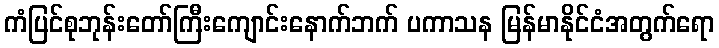
ကံပြင်စုဘုန်းတော်ကြီးကျောင်းနောက်ဘက် ပကာသန မြန်မာနိုင်ငံအတွက်ရော